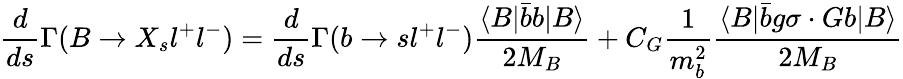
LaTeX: \frac{d}{ds}\Gamma(B\to X_{s}l^{+}l^{-})=\frac{d}{ds}\Gamma(b\to sl^{+}l^{-})\frac{\langle B|\bar{b}b|B\rangle}{2M_{B}}+C_{G}\frac{1}{m_{b}^{2}}\frac{\langle B|\bar{b}g\sigma\cdot Gb|B\rangle}{2M_{B}}